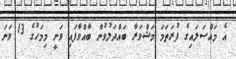
އެ މައްސަލައިގެ ފުރަތަމަ މަޝްވަރާ ބައްދަލުވުން ބާއްވާފައި ވަނީ މިމަހުގެ 13 ވަނަ